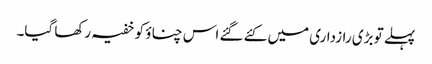
پہلے تو بڑی رازداری میں کئے گئے اس چناؤ کو خفیہ رکھا گیا۔